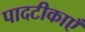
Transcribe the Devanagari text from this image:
पादटीकाएँ